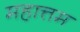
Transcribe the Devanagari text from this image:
महात्तम